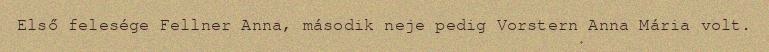
Első felesége Fellner Anna, második neje pedig Vorstern Anna Mária volt.